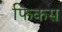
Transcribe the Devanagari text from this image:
फिकस